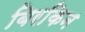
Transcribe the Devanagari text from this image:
बिरकिन